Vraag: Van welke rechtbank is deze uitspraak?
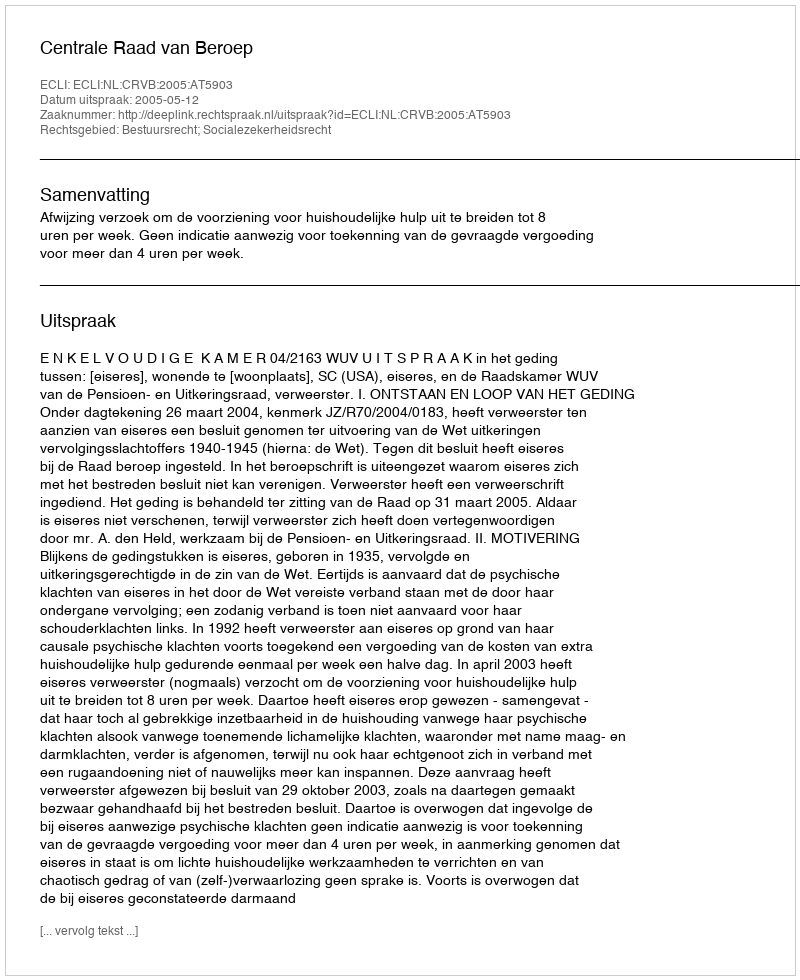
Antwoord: Centrale Raad van Beroep